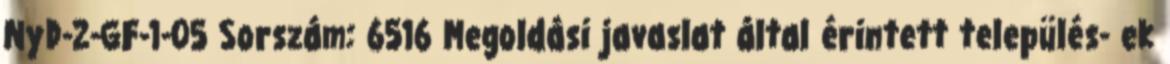
NyD-2-GF-1-05 Sorszám: 6516 Megoldási javaslat által érintett település- ek